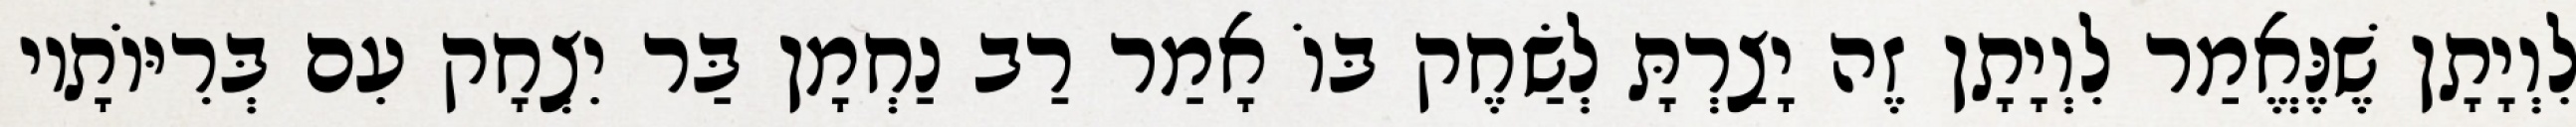
לִוְיָתָן שֶׁנֶּאֱמַר לִוְיָתָן זֶה יָצַרְתָּ לְשַׂחֶק בּוֹ אָמַר רַב נַחְמָן בַּר יִצְחָק עִם בְּרִיּוֹתָיו